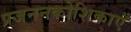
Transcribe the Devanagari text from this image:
प्रजननकोशिकाएँ